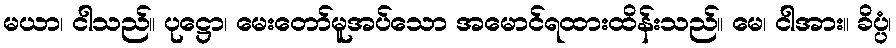
မယာ၊ ငါသည်။ ပုဋ္ဌော၊ မေးတော်မူအပ်သော အမောင်ရထားထိန်းသည်။ မေ၊ ငါအား။ ခိပ္ပံ၊